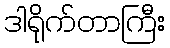
ဒါရိုက်တာကြီး